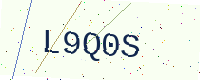
Text: L9Q0S